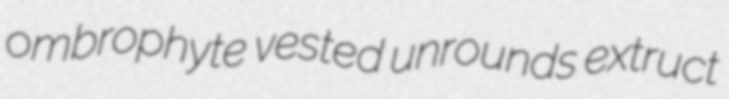
ombrophyte vested unrounds extruct